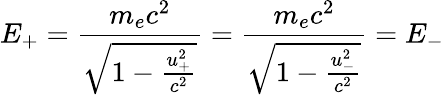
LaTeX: E_{+}=\frac{m_{e}c^{2}}{\sqrt{1-\frac{u_{+}^{2}}{c^{2}}}}=\frac{m_{e}c^{2}}{\sqrt{1-\frac{u_{-}^{2}}{c^{2}}}}=E_{-}